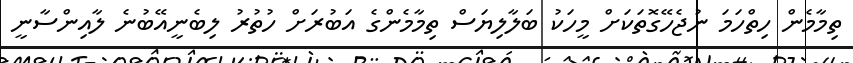
ތިމާމެން ހިތްހަމަ ނުޖެހޭގޮތަކަށް މީހަކު ބަލާލިޔަސް ތިމާމެންގެ އަބުރަށް ހުތުރު ލިބެނީއޭބުނެ ލާއިންސާނީ